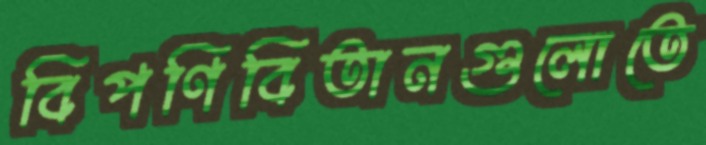
বিপণিবিতানগুলোতে